Civil Veterinary Department. Central Provinces & Berar 1932-41 - 1932-1941
Year: 1932
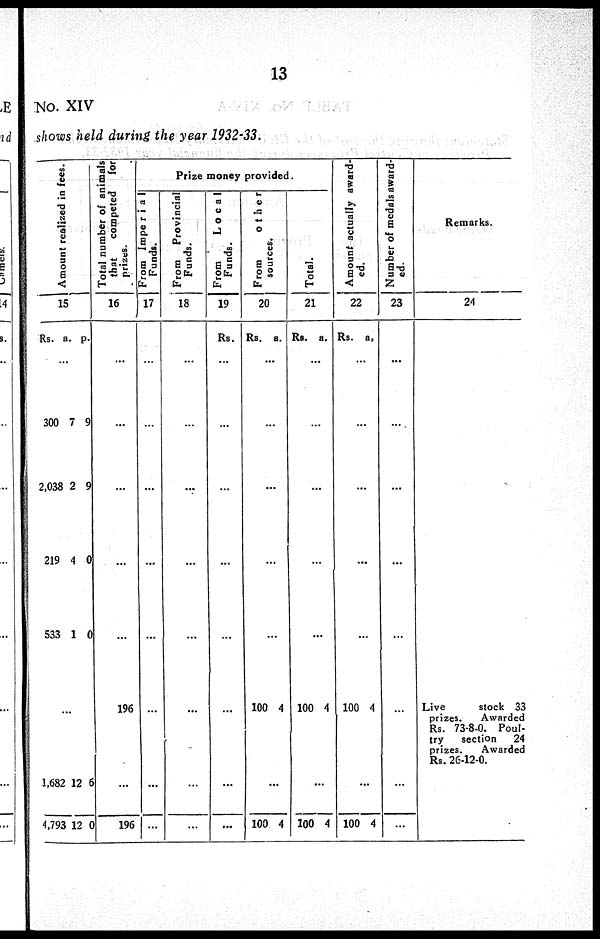
13
No. XIV
shows held during the year 1932-33.
Amount realized in fees.
15
Rs. a. p.
...
300
2,038
219
533
7
2
4
1
9
9
0
0
...
1,682
4,793
12
12
6
0
Total number of animals
that
competed
for
prizes.
16
...
...
...
...
...
...
196
...
196
Prize money provided.
From Imperial
Funds.
17
...
...
...
...
...
...
...
...
...
From
Provincial
Funds.
18
...
...
...
...
...
...
...
...
From
Local
Funds.
19
Rs.
...
...
...
...
...
...
...
...
From other
s our ces .
20
Rs. a.
...
...
...
...
...
100 4
...
100 4
Total.
21
Rs. a.
...
...
..
.
...
...
100 4
...
100 4
Amount actually award-
ed.
22
Rs.
a.
...
...
...
...
...
100 4
...
100 4
Number of medals award-
ed.
23
...
...
...
...
...
...
...
...
Remarks.
24
Live
stock 33
prizes.
Awarded
Rs. 73-8-0. Poul-
try
section
24
prizes.
Awarded
Rs. 26-12-0.